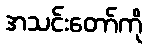
အသင်းတော်ကို